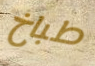
طباخ